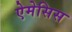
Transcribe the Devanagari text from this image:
ऐमेसिस